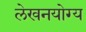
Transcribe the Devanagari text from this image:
लेखनयोग्य